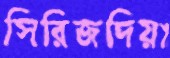
সিরিজদিয়া